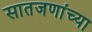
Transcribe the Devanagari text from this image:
सातजणांच्या